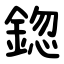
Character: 鍃